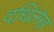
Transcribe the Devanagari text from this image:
दधिलेख